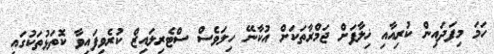
ހަމަ މިފަދައިން ކުރިއާއި ޚިލާފަށް ޖަމްރާތަކަށް އުކާނޭ ހިލަވެސް ސްޓެރިލައިޒް ކުރެވިފައިވާ ކޮތަޅުތަކުގައި